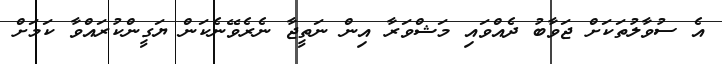
އެ ސުވާލުތަކަށް ޖަވާބު ދެއްވައި މަޝްވަރާ އިން ނަތީޖާ ނެރެވޭނެކަން ޔަގީންކުރައްވާ ކަމަށް